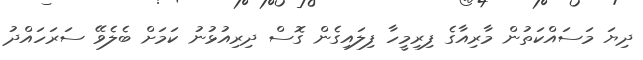
ދިޔަ މަސައްކަތުން މާރިއާގެ ފިރިމީހާ ފިލައިގެން ގޮސް ދިރިއުޅުނު ކަމަށް ބެލެވޭ ސަރަހައްދު